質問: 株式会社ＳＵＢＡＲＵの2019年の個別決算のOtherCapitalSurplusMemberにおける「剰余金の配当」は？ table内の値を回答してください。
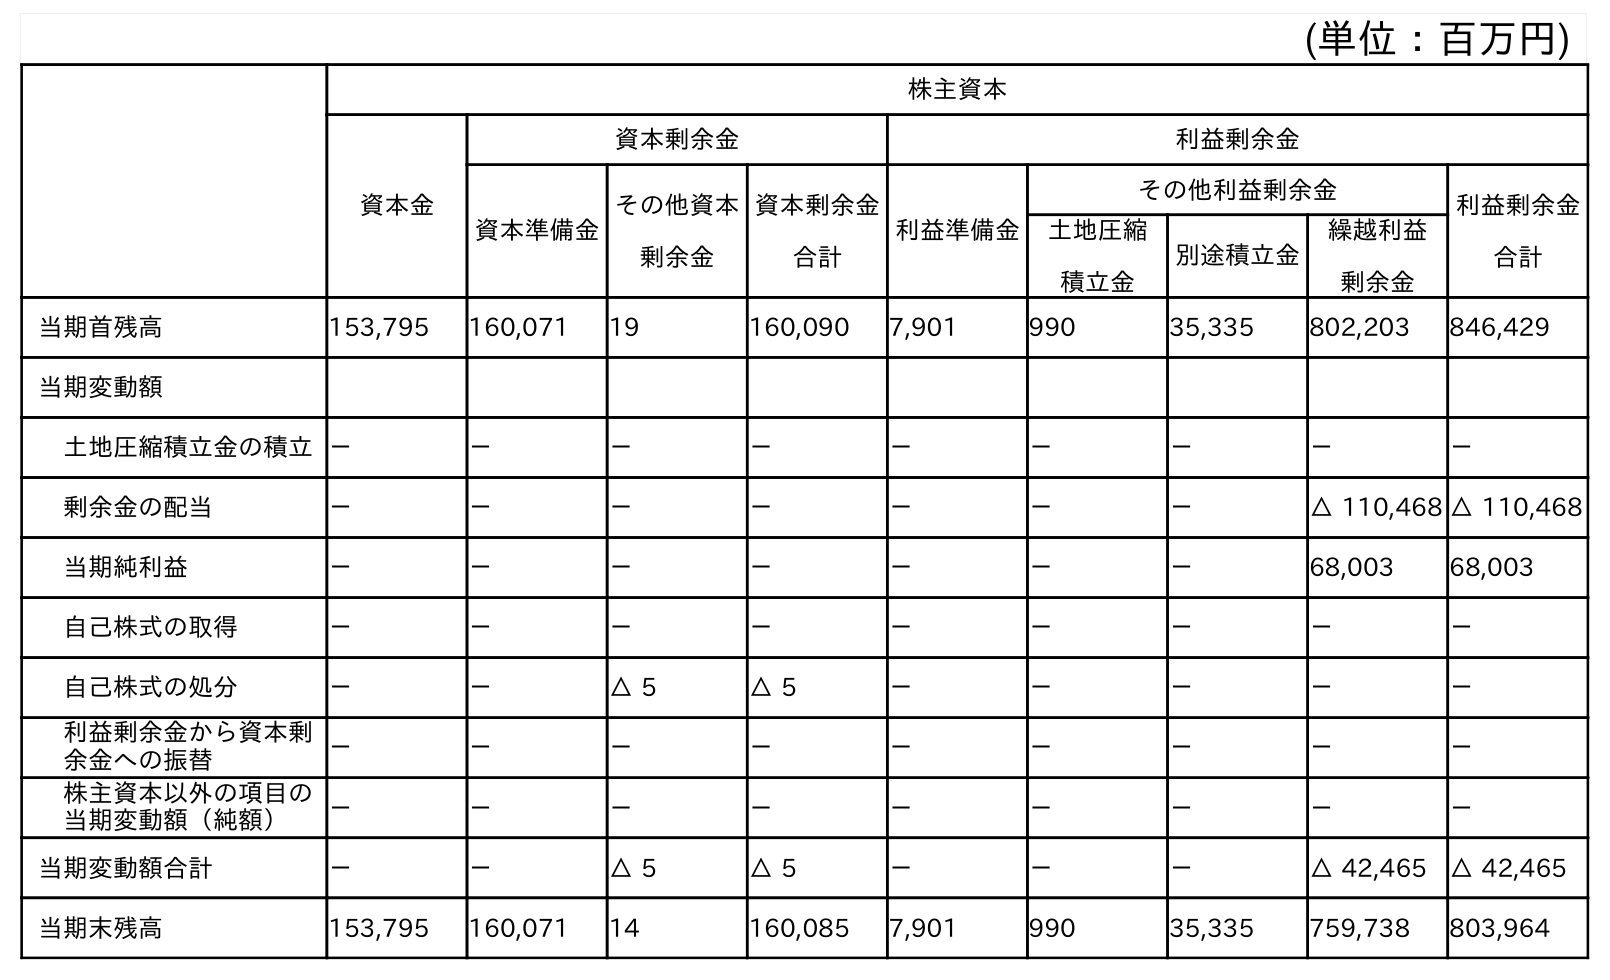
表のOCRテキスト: (単位：百万円) 株主資本 資本金 資本剰余金 利益剰余金 資本準備金 その他資本 剰余金 資本剰余金 合計 利益準備金 その他利益剰余金 利益剰余金 合計 土地圧縮 積立金 別途積立金 繰越利益 剰余金 当期首残高 153,795 160,071 19 160,090 7,901 990 35,335 802,203 846,429 当期変動額 土地圧縮積立金の積立－ － － － － － － － － 剰余金の配当 － － － － － － － △ 110,468 △ 110,468 当期純利益 － － － － － － － 68,003 68,003 自己株式の取得 － － － － － － － － － 自己株式の処分 － － △ 5 △ 5 － － － － － 利益剰余金から資本剰 余金への振替 － － － － － － － － － 株主資本以外の項目の 当期変動額（純額） － － － － － － － － － 当期変動額合計 － － △ 5 △ 5 － － － △ 42,465 △ 42,465 当期末残高 153,795 160,071 14 160,085 7,901 990 35,335 759,738 803,964
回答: －